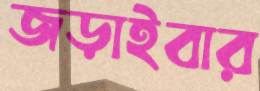
জড়াইবার